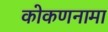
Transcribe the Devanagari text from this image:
कोकणनामा